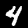
Digit: 4